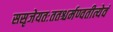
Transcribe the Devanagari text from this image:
ससृजेयतःततश्चर्मण्वतीत्येवं